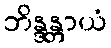
ဘိန္ဒန္တာယံ